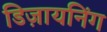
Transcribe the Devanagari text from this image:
डिज़ायनिंग